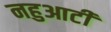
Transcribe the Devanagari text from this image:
नहुआटी